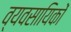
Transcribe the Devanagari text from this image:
व्यवसायिकों